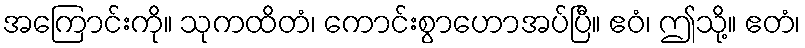
အကြောင်းကို။ သုကထိတံ၊ ကောင်းစွာဟောအပ်ပြီ။ ဧဝံ၊ ဤသို့။ ဧတံ၊